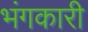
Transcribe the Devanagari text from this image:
भंगकारी